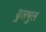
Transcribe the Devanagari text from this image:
ढुलभुल